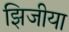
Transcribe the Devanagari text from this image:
झिजीया